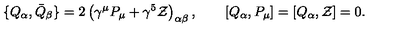
\{ Q _ { \alpha } , { \bar { Q } } _ { \beta } \} = 2 \left( \gamma ^ { \mu } P _ { \mu } + \gamma ^ { 5 } { \cal Z } \right) _ { \alpha \beta } , \qquad \left[ Q _ { \alpha } , P _ { \mu } \right] = \left[ Q _ { \alpha } , { \cal Z } \right] = 0 .